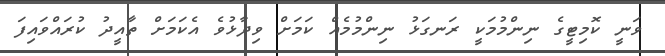
ވަނީ ކޮމިޓީގެ ނިންމުމަކީ ރަނގަޅު ނިންމުމެއް ކަމަށް ވިދާޅުވެ އެކަމަށް ތާއީދު ކުރައްވައިފަ